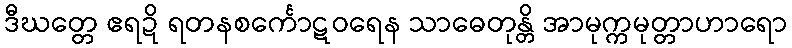
ဒီဃတ္တေ ဧရဍိ ရတနစင်္ကောဋဝရေန သာဓေတုန္တိ အာမုက္ကမုတ္တာဟာရော